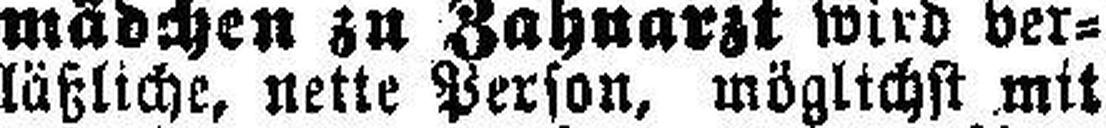
läßliche, nette Person, möglichst mit